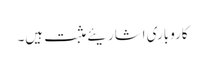
کاروباری اشاریئے مثبت ہیں۔